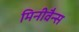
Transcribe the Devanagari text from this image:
मिनीवैन्स